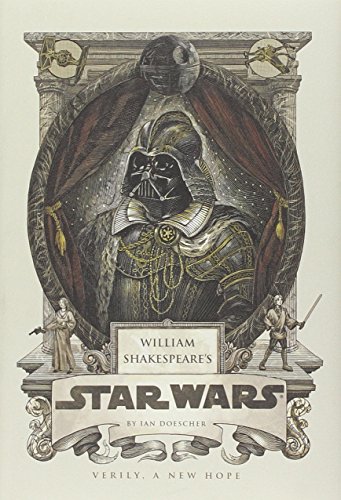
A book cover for William Shakespeare's Star Wars; Ian Doescher; Science Fiction & Fantasy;